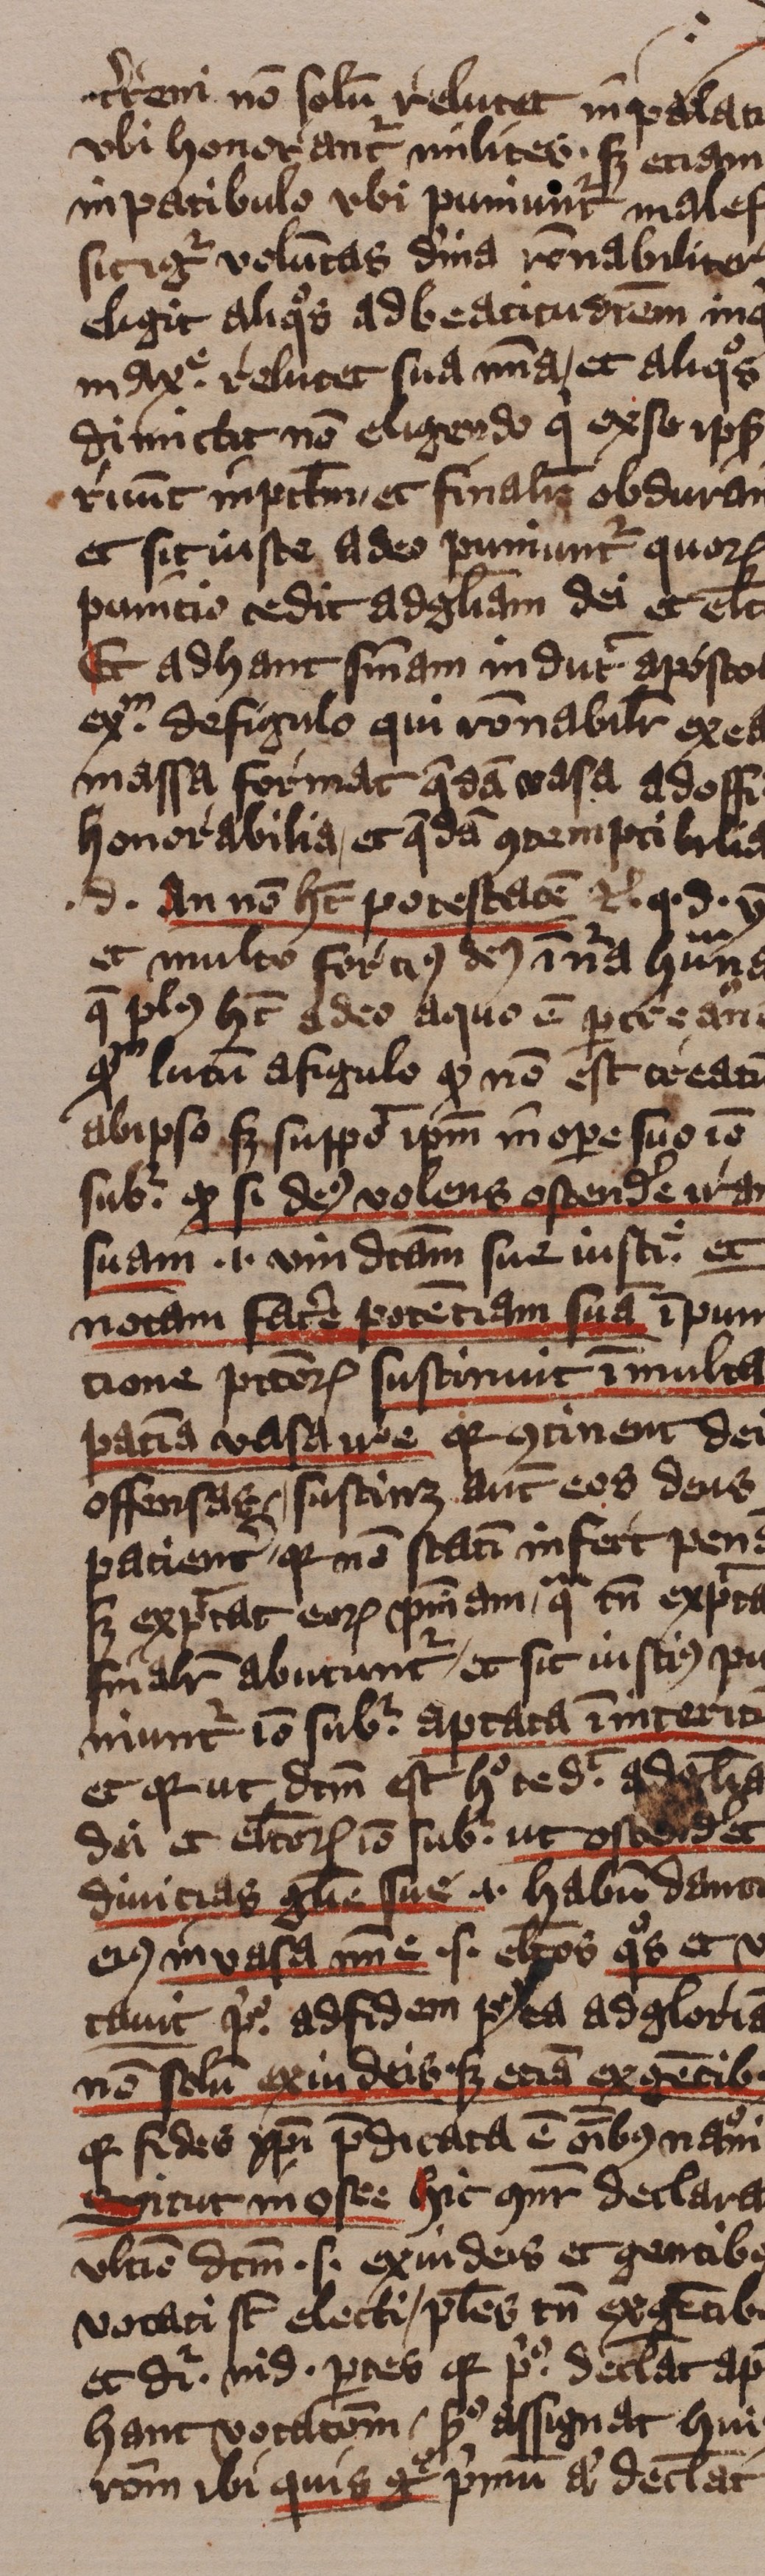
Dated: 1413–1415